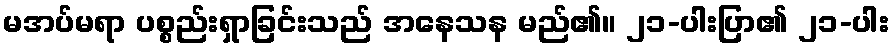
မအပ်မရာ ပစ္စည်းရှာခြင်းသည် အနေသန မည်၏။ ၂၁-ပါးပြာ၏ ၂၁-ပါး